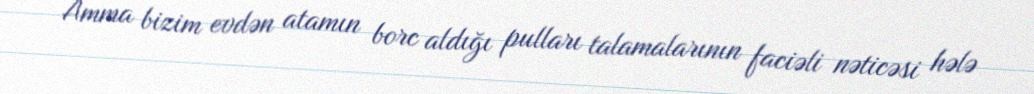
Amma bizim evdən atamın borc aldığı pulları talamalarının faciəli nəticəsi hələ